On a parasite found in the white corpuscles of the blood of palm squirrels - Number 24
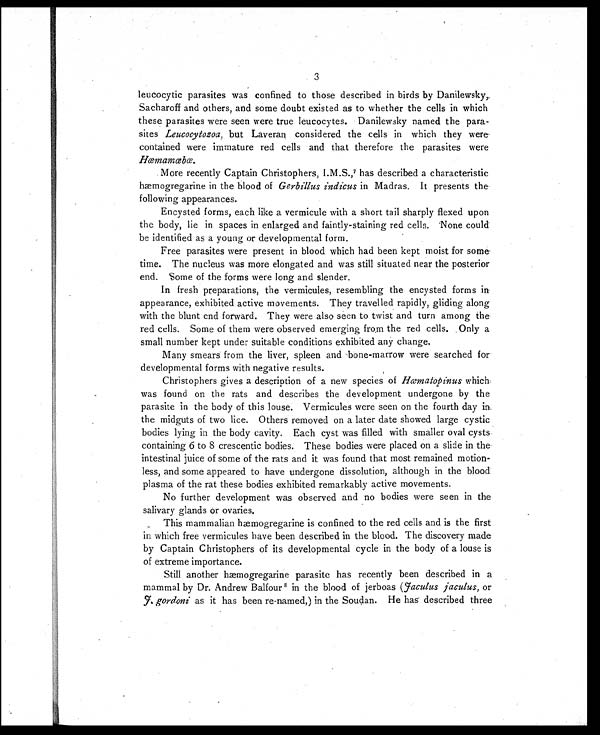
3
leucocytic parasites was confined to those described in birds by Danilewsky,
Sacharoff and others, and some doubt existed as to whether the cells in which
these parasites were seen were true leucocytes. Danilewsky named the para-
sites Leucocytozoa, but Laveran considered the cells in which they were
contained were immature red cells and that therefore the parasites were
Hœmamœbœ.
More recently Captain Christophers, I.M.S., 7 has described a characteristic
hæmogregarine in the blood of Gerbillus indicus in Madras. It presents the
following appearances.
Encysted forms, each like a vermicule with a short tail sharply flexed upon
the body, lie in spaces in enlarged and faintly-staining red cells. None could
be identified as a young or developmental form.
Free parasites were present in blood which had been kept moist for some-
time. The nucleus was more elongated and was still situated near the posterior
end. Some of the forms were long and slender.
In fresh preparations, the vermicules, resembling the encysted forms in
appearance, exhibited active movements. They travelled rapidly, gliding along
with the blunt end forward. They were also seen to twist and turn among the
red cells. Some of them were observed emerging from the red cells. Only a
small number kept under suitable conditions exhibited any change.
Many smears from the liver, spleen and bone-marrow were searched for
developmental forms with negative results.
Christophers gives a description of a new species of Hæmatopinus which
was found on the rats and describes the development undergone by the
parasite in the body of this louse. Vermicules were seen on the fourth day in
the midguts of two lice. Others removed on a later date showed large cystic
bodies lying in the body cavity. Each cyst was filled with smaller oval cysts
containing 6 to 8 crescentic bodies. These bodies were placed on a slide in the
intestinal juice of some of the rats and it was found that most remained motion-
less, and some appeared to have undergone dissolution, although in the blood
plasma of the rat these bodies exhibited remarkably active movements.
No further development was observed and no bodies were seen in the
salivary glands or ovaries.
This mammalian hæmogregarine is confined to the red cells and is the first
in which free vermicules have been described in the blood. The discovery made
by Captain Christophers of its developmental cycle in the body of a louse is
of extreme importance.
Still another hæmogregarine parasite has recently been described in a
mammal by Dr. Andrew Balfour 8 in the blood of jerboas (Jaculus jaculus, or
J. gordoni as it has been re-named,) in the Soudan. He has described three